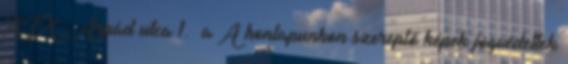
XIX., Árpád utca 1. a A honlapunkon szereplő képek jogvédettek